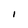
Character: I